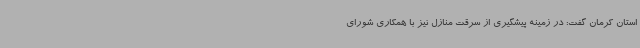
استان کرمان گفت: در زمینه پیشگیری از سرقت منازل نیز با همکاری شورای